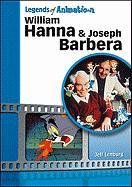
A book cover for William Hanna and Joseph Barbera: The Sultans of Saturday Morning (Legends of Animation); Jeff Lenburg; Teen & Young Adult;